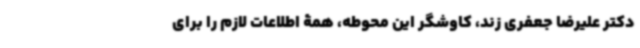
دکتر علیرضا جعفری زند، کاوشگر این محوطه، همۀ اطلاعات لازم را برای